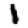
Digit: 1